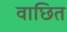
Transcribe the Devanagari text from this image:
वाछित